Papers set at the Examination for Leaving Certificates, 1890
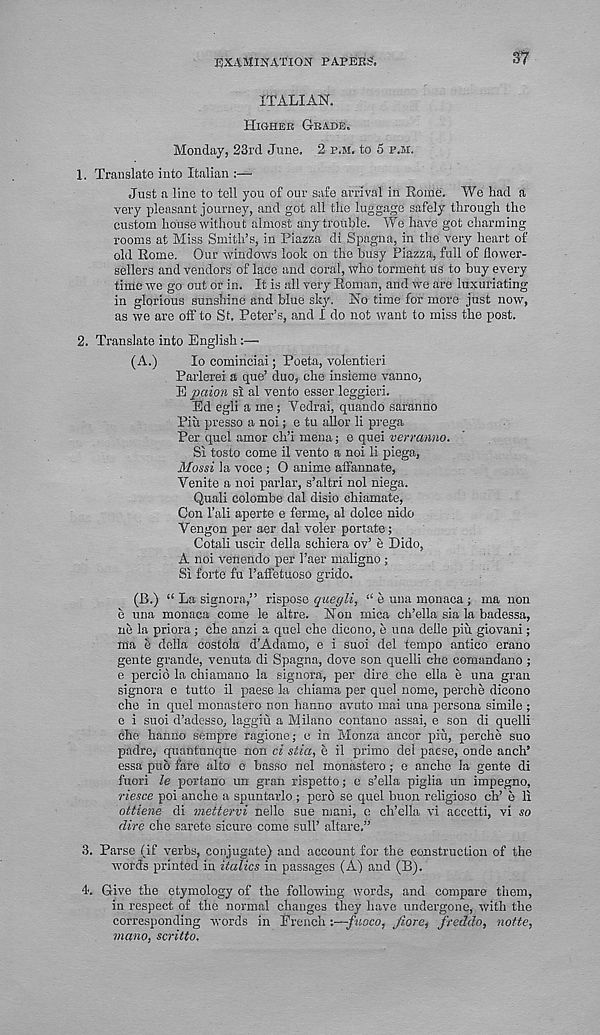
EXAMINATION PAPEB&
37
ITALIAN.
Higher Grade.
Monday, 23rd June. 2 p.m. to 5 p.h.
1. Translate into Italian :—
Just a line to toll you of our safe arrival in Rome. We had a
very pleasant journey, and got all the luggage safely through the
custom house without almost any trouble. We have got charming
rooms at Miss Smith’s, in Piazza di Spagna, in the very heart of
old Rome. Our windows look on the busy Piazza, full of flower-
sellers and vendors of lace and coral, who torment us to buy every
time we go out or in. It is all very Roman, and we are luxuriating
in glorious sunshine and blue sky. No time for more just now,
as we are off to St. Peter’s, and I do not want to miss the post.
2. Translate into English:—
(A.)
lo cominciai; Poeta, volentieri
Parlerei a que’ duo, che insieme vanno,
E paion si al vento esser leggieri.
Ed egli a me ; Vedrai, quando saranno
Piix presso a noi; e tu allor li prega
Per quel amor ch’i mena; e quel verranno.
Si tosto come il vento a noi 11 piega,
Mossi la voce ; O anime affannate,
Venite a noi parlar, s’altri noi niega.
Quail colombe dal disio chiamate,
Con Tali aperte e ferme, al dolce nido
Yengon per aer dal voler portate;
Cotali uscir della schiera ov’ e Dido,
A noi venendo per 1’aer maligno ;
Si forte fu 1’affetuoso grido.
(B.) “ La signora,” rispose quegli, “ e una monaca ; ma non
e una monaca come le altre. Non mica ch’ella sia la badessa,
ne la priora; che anzi a quel che dicono, e una deile piu giovani;
ma e della costola d’Adamo, e i suoi del tempo antico erano
gente grande, venuta di Spagna, dove son quell! che comandano;
e percid la chiamano la signora, per dire che ella e una gran
signora e tutto il paese la chiama per quel nome, perche dicono
che in quel monastero non hanuo avuto mai una persona simile ;
e i suoi d’adesso, laggiu a Milano contano nssai, e son di quelli
che hanno sempre ragione; e in Monza ancor piu, perche suo
padre, quantunque non ci slid, e il prime del paese, onde anch*
essa pub fare alto e basso nel monastero; e ancho la gente di
fuori le portano un gran rispetto; e s’ella piglia un impegno,
riesce poi anche a spuntarlo ; perd se quel buon religiose ch’ e li
ottiene di mettervi nelle sue mani, o ch’ella vi aecetti, vi so
dire che sarete sieure come sull’ altare.”
3. Parse (if verbs, conjugate) and account for the construction of the
words printed in italics in passages (A) and (B).
4. Give the etymology of the following words, and compare them,
in respect of the normal changes they have undergone, with the
corresponding words in Trench :—fuoco, fiore, freddo, notte,
mano, scritto.